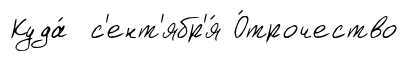
Куда́ с'ент'ябр'я́ О́трочество